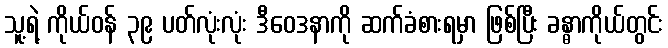
သူ့ရဲ့ ကိုယ်ဝန် ၃၉ ပတ်လုံးလုံး ဒီဝေဒနာကို ဆက်ခံစားရမှာ ဖြစ်ပြီး ခန္ဓာကိုယ်တွင်း